Report of the Imperial Institute of Veterinary Research, Muktesar
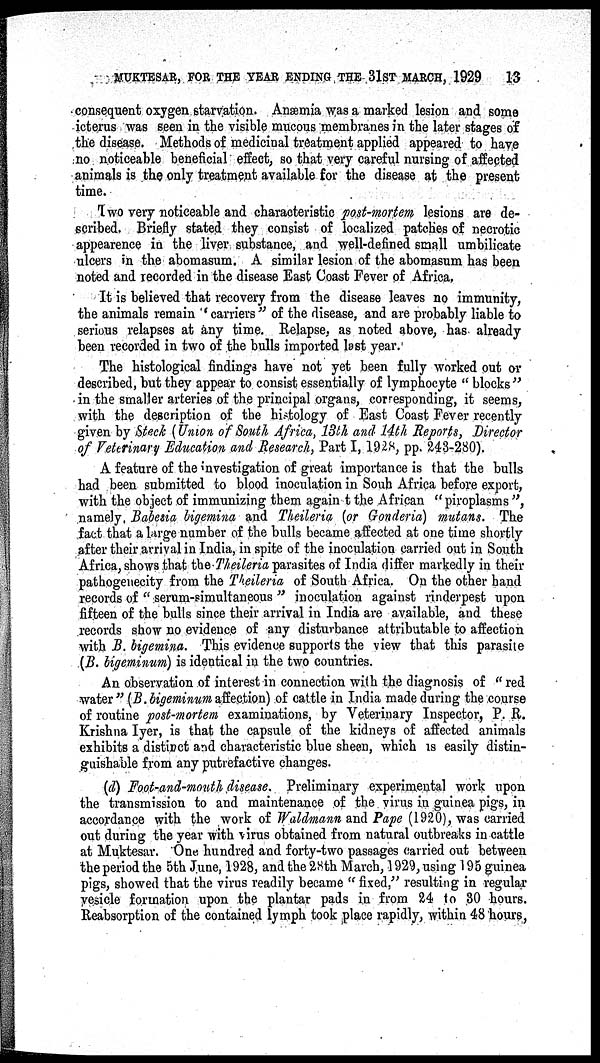
MUKTESAR, FOR THE YEAR ENDING THE- 31ST MARCH, 1929
13
consequent oxygen starvation. Anæmia was a marked lesion and some
icterus was seen in the visible mucous membranes in the later stages of
the disease. Methods of medicinal treatment applied appeared to have
no noticeable beneficial effect, so that very careful nursing of affected
animals is the only treatment available for the disease at the present
time.
Two very noticeable and characteristic post-mortem lesions are de-
scribed. Briefly stated they consist of localized patches of necrotic
appearence in the liver substance, and well-defined small umbilicate
ulcers in the abomasum. A similar lesion of the abomasum has been
noted and recorded in the disease East Coast Fever of Africa,
It is believed that recovery from the disease leaves no immunity,
the animals remain ''carriers" of the disease, and are probably liable to
serious relapses at any time. Relapse, as noted above, has already
been recorded in two of the bulls imported last year.
The histological findings have not yet been fully worked out or
described, but they appear to consist essentially of lymphocyte " blocks "
in the smaller arteries of the principal organs, corresponding, it seems,
with the description of the histology of East Coast Fever recently
given by Steck (Union of South Africa, 13th and 14th Reports, Director
of Veterinary Education and Research, Part I, 1928, pp. 243-280).
A feature of the investigation of great importance is that the bulls
had been submitted to blood inoculation in Souh Africa before export,
with the object of immunizing them again t the African "piroplasms ",
namely. Babesia bigemina and Theileria (or Gonderia) mutans. The
fact that a large number of the bulls became affected at one time shortly
after their arrival in India, in spite of the inoculation carried out in South
Africa, shows that the Theileria parasites of India differ markedly in their
pathogenecity from the Theileria of South Africa. On the other hand
records of " serum-simultaneous " inoculation against rinderpest upon
fifteen of the bulls since their arrival in India are available, and these
records show no evidence of any disturbance attributable to affection
with B. bigemina. This evidence supports the view that this parasite
(B. bigeminum) is identical in the two countries.
An observation of interest in connection with the diagnosis of " red
water" (B. bigeminum affection) of cattle in India made during the course
of routine post-mortem examinations, by Veterinary Inspector, P. R.
Krishna Iyer, is that the capsule of the kidneys of affected animals
exhibits a distinct and characteristic blue sheen, which is easily distin-
guishable from any putrefactive changes.
(d) Foot-and-mouth disease. Preliminary experimental work upon
the transmission to and maintenance of the virus in guinea pigs, in
accordance with the work of Waldmann and Pape (1920), was carried
out during the year with virus obtained from natural outbreaks in cattle
at Muktesar. One hundred and forty-two passages carried out between
the period the 5th June, 1928, and the 28th March, 1929, using 195 guinea
pigs, showed that the virus readily became " fixed," resulting in regular
vesicle formation upon the plantar pads in from 24 to 30 hours.
Reabsorption of the contained lymph took place rapidly, within 48 hours,